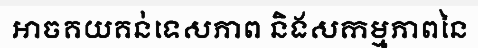
អាចគយគន់ទេសភាព និងសកម្មភាពនៃ